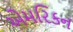
એમરિકન